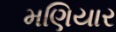
મણિયાર